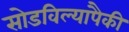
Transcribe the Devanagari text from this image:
सोडविल्यापैकी